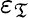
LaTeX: \varepsilon_{\mathfrak{T}}